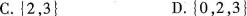
C.{2，3} D.{0，2，3}